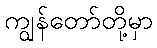
ကျွန်တော်တို့မှာ